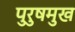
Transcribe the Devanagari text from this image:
पुरुषमुख